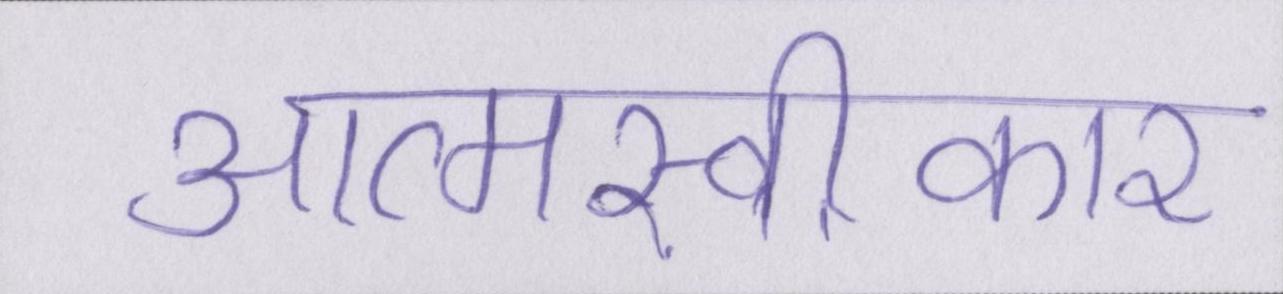
आत्मस्वीकार